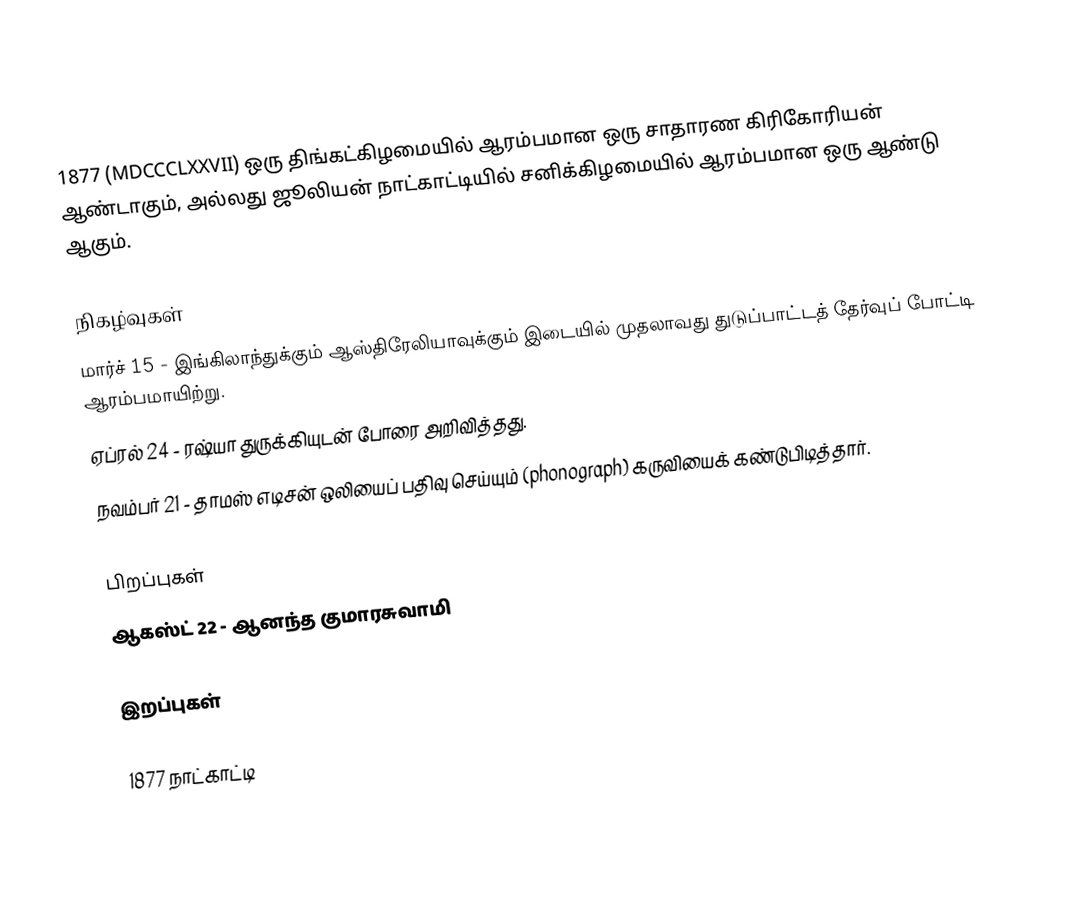
1877  (MDCCCLXXVII) ஒரு திங்கட்கிழமையில் ஆரம்பமான ஒரு சாதாரண கிரிகோரியன் ஆண்டாகும், அல்லது ஜூலியன் நாட்காட்டியில் சனிக்கிழமையில் ஆரம்பமான ஒரு ஆண்டு ஆகும்.

நிகழ்வுகள்
 மார்ச் 15 - இங்கிலாந்துக்கும் ஆஸ்திரேலியாவுக்கும் இடையில் முதலாவது துடுப்பாட்டத் தேர்வுப் போட்டி ஆரம்பமாயிற்று.
 ஏப்ரல் 24 - ரஷ்யா துருக்கியுடன் போரை அறிவித்தது.
 நவம்பர் 21 - தாமஸ் எடிசன் ஒலியைப் பதிவு செய்யும் (phonograph) கருவியைக் கண்டுபிடித்தார்.

பிறப்புகள்
 ஆகஸ்ட் 22 - ஆனந்த குமாரசுவாமி

இறப்புகள்

1877 நாட்காட்டி

1877